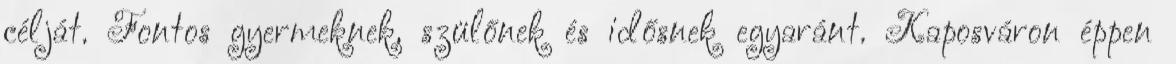
célját. Fontos gyermeknek, szülőnek és idősnek egyaránt. Kaposváron éppen